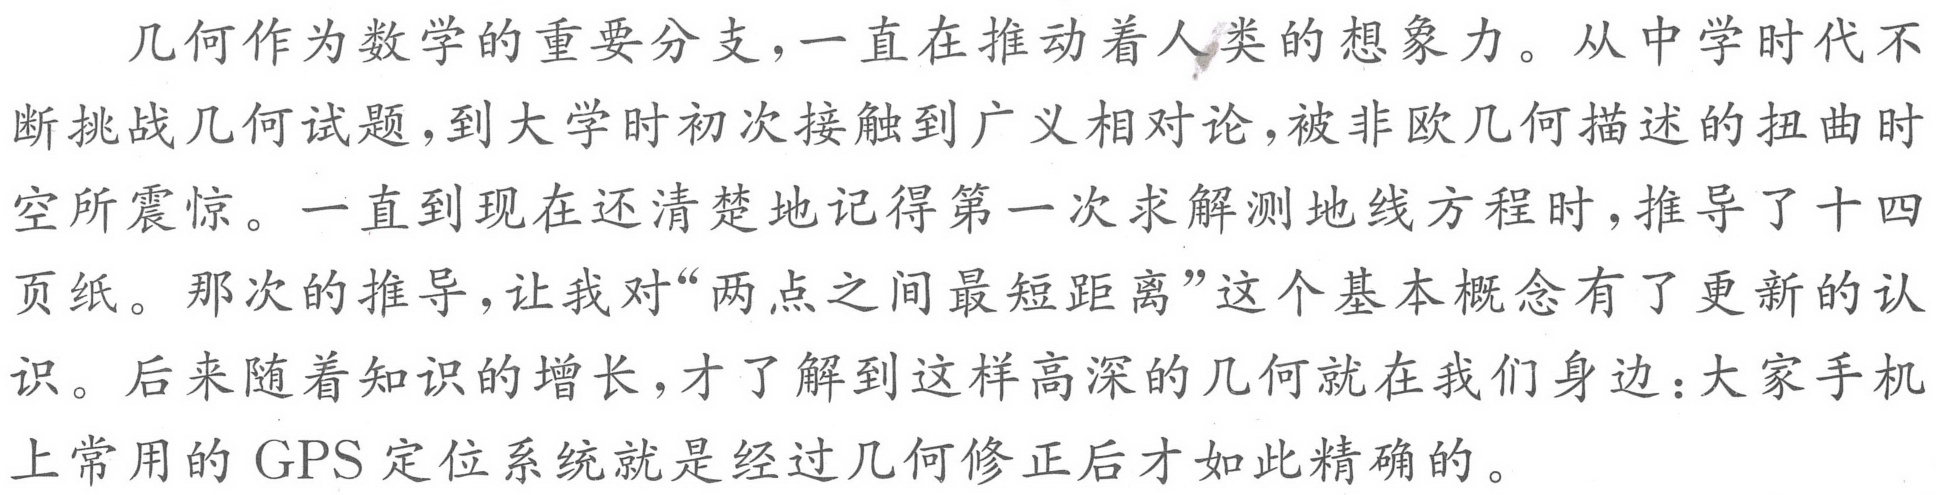
几何作为数学的重要分支,一直在推动着人类的想象力。从中学时代不断挑战几何试题,到大学时初次接触到广义相对论,被非欧几何描述的扭曲时空所震惊。一直到现在还清楚地记得第一次求解测地线方程时,推导了十四页纸。那次的推导,让我对“两点之间最短距离”这个基本概念有了更新的认识。后来随着知识的增长,才了解到这样高深的几何就在我们身边：大家手机上常用的 GPS 定位系统就是经过几何修正后才如此精确的。